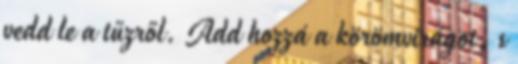
vedd le a tűzről. Add hozzá a körömvirágot, s